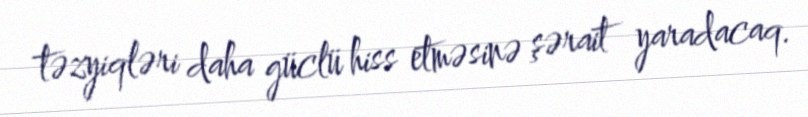
təzyiqləri daha güclü hiss etməsinə şərait yaradacaq.